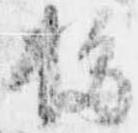
移